Code of medical and sanitary regulations for the guidance of medical officers serving in the Madras Presidency - Volume I
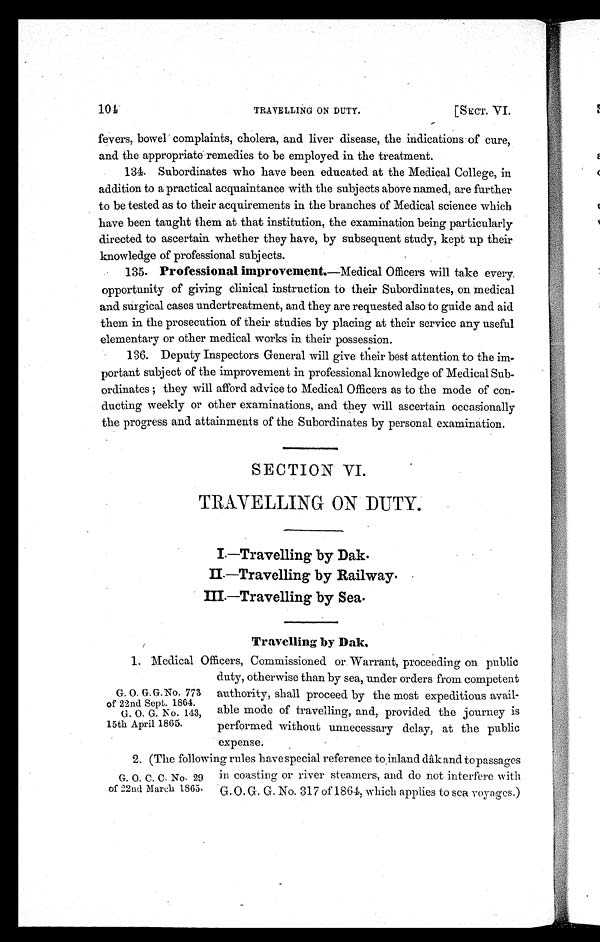
101 TRAVELLING ON DUTY. [S ECT. VI.
fevers, bowel complaints, cholera, and liver disease, the indications of cure,
and the appropriate remedies to be employed in the treatment.
134. Subordinates who have been educated at the Medical College, in
addition to a practical acquaintance with the subjects above named, are farther
to be tested as to their acquirements in the branches of Medical science which
have been taught them at that institution, the examination being particularly
directed to ascertain whether they have, by subsequent study, kept up their
knowledge of professional subjects.
135. Professional improvement.—Medical Officers will take every.
opportunity of giving clinical instruction to their Subordinates, on medical
and surgical cases undertreatment, and they are requested also to guide and aid
them in the prosecution of their studies by placing at their service any useful
elementary or other medical works in their possession.
136. Deputy Inspectors General will give their best attention to the im
-portant subject of the improvement in professional knowledge of Medical Sub
-ordinates ; they will afford advice to Medical Officers as to the mode of con
-ducting weekly or other examinations, and they will ascertain occasionally
the progress and attainments of the Subordinates by personal examination.
SECTION VI.
TRAVELLING ON DUTY.
I.—Travelling by Dak.
I I —Travel l i ng by Rai l way.
III.—Travelling by Sea.
Travelling by Dak.
1.Medical Officers, Commissioned or Warrant, proceeding on public
duty, otherwise than by sea, under orders from competent
G. O. G. G. No. 773 authority, shall proceed by the most expeditious avail-
of 22nd Sept. 1864.
G. O. G. No. 143, able mode of travelling, and, provided the journey is
15th April 1865. performed without unnecessary delay, at the public
expense.
2. (The fol l owi ng rul es havespeci al reference to i nl and (dâk and topassages
G. O. C. C. No. 29 in coasting or river steamers, and do not interfere with
of 22nd March 1865. G. O. G. G. No, 317 of 1864, which applies to sea voyages.)